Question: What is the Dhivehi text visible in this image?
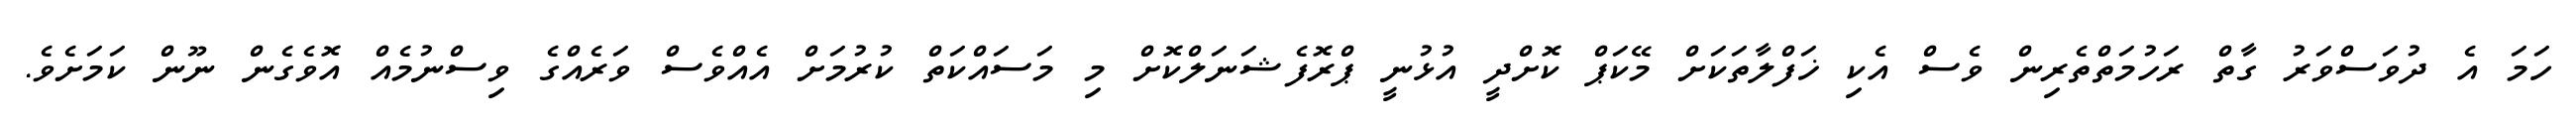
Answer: ހަމަ އެ ދުވަސްވަރު ގާތް ރަހުމަތްތެރިން ވެސް އެކި ޚަފްލާތަކަށް މޭކަޕް ކޮށްދީ އުޅުނީ ޕްރޮފެޝަނަލްކޮށް މި މަސައްކަތް ކުރުމަށް އެއްވެސް ވަރެއްގެ ވިސްނުމެއް އޮވެގެން ނޫން ކަމަށެވެ.